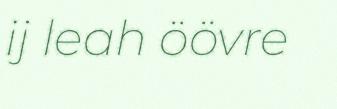
ij leah öövre